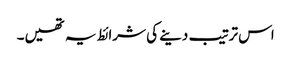
اس ترتیب دینے کی شرائط یہ تھیں۔